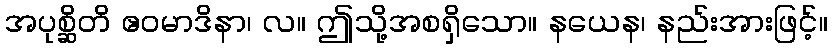
အပုစ္ဆိတိ ဧဝမာဒိနာ၊ လ။ ဤသို့အစရှိသော။ နယေန၊ နည်းအားဖြင့်။